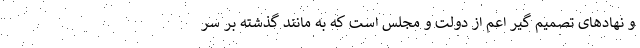
و نهادهای تصمیم گیر اعم از دولت و مجلس است که به مانند گذشته بر سر